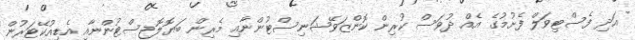
އަދި ފެސްޓިވަލް ފެށުމުގެ އެއް ދުވަސް ކުރިން ކޮންޒަވޭޝަނިސްޓުންނާއި މެރިން ބަޔޮލޮޖިސްޓުންނާއި އެޑިއުކޭޓަރުން